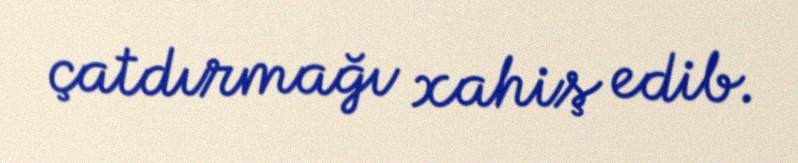
çatdırmağı xahiş edib.